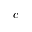
c